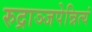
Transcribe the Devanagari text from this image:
रुद्राञ्जपेन्नित्यं